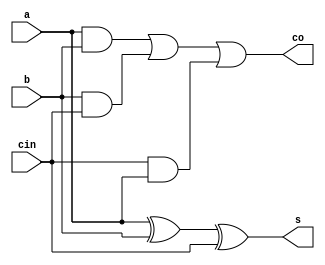
`timescale 1ns / 1ps
//////////////////////////////////////////////////////////////////////////////////
// Company: 
// Engineer: 
// 
// Design Name: 
// Module Name: fulladder1
// Project Name: 
// Target Devices: 
// Tool Versions: 
// Tool Versions: 
// Tool Versions: 
// Description: 
// 
// Dependencies: 
// 
// Revision:
// Revision 0.01 - File Created
// Additional Comments:
// 
//////////////////////////////////////////////////////////////////////////////////


module fulladder1(
    input a,b,cin,
    output s,co
    );
    assign s=a^b^cin,
           co=(a&b)|(b&cin)|(cin&a);
endmodule